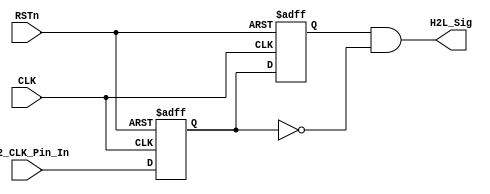
/////////////////////////////////////
//// H2L_DETECT_MODULE.v
//// 				ZHAOCHAO
//// 					2016-11-14
/////////////////////////////////////////////////////
////

module H2L_DETECT_MODULE
(
	CLK, RSTn,
	PS2_CLK_Pin_In,
	H2L_Sig
);

	input CLK;
	input RSTn;
	input PS2_CLK_Pin_In;
	output H2L_Sig;
	
	////////////////////
	
	reg rH2L_F1;
	reg rH2L_F2;
	
	always@(posedge CLK or negedge RSTn)
		if(!RSTn)
			begin	
				rH2L_F1 <= 1'b0;
				rH2L_F2 <= 1'b0;
			end
		else 
			begin 
				rH2L_F1 <= PS2_CLK_Pin_In;
				rH2L_F2 <= rH2L_F1;
			end
			
	/////////////////////////////////////////
	
	assign H2L_Sig = rH2L_F2 & !rH2L_F1;
	
	
endmodule